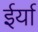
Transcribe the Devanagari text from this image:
ईर्या